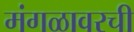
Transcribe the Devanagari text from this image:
मंगळावरची